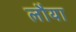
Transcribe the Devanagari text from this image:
लौया